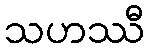
သဟဿီ